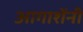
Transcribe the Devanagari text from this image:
आगाशेंनी